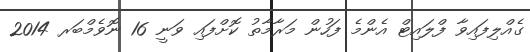
ގެއްލިފައިވާ ފްލައިޓް އެންމެ ފަހުން މަރާމާތު ކޮށްފައި ވަނީ 16 ނޮވެމްބަރ 2014